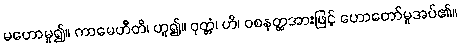
မဟောမူ၍။ ကာမေဟီတိ၊ ဟူ၍။ ဝုတ္တံ၊ ဟိ၊ ဝစနတ္ထအားဖြင့် ဟောတော်မူအပ်၏။